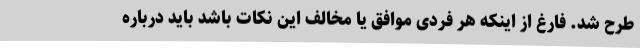
طرح شد. فارغ از اینکه هر فردی موافق یا مخالف این نکات باشد باید درباره